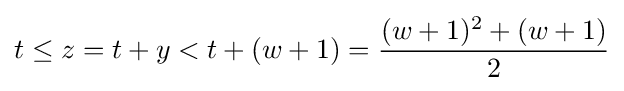
t\leq z=t+y<t+(w+1)={\frac {(w+1)^{2}+(w+1)}{2}}